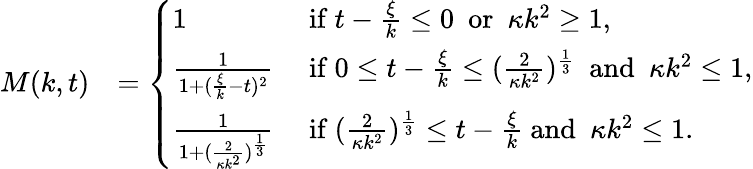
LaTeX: \begin{array}{rl}{M(k,t)}&{=\left\{ \begin{array}{ll}{1}&{\mathrm{~if~}t-\frac\xi k\le 0\ \mathrm{~or~}\ \kappa k^{2}\ge 1,}\\ {\frac 1{1+(\frac\xi k-t)^{2}}}&{\mathrm{~if~}0\le t-\frac\xi k\le(\frac 2{\kappa k^{2}})^{\frac 13}\ \mathrm{~and~}\ \kappa k^{2}\le 1,}\\ {\frac 1{1+(\frac 2{\kappa k^{2}})^{\frac 13}}}&{\mathrm{~if~}(\frac 2{\kappa k^{2}})^{\frac 13}\le t-\frac\xi k\mathrm{~and~}\ \kappa k^{2}\le 1.}\end{array}\right.}\end{array}